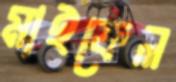
মাইফেল